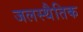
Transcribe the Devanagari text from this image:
जलस्थैतिक